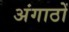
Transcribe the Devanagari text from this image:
अंगाठों